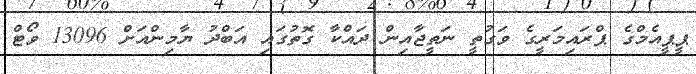
ޕީޕީއެމްގެ ޕްރައިމަރީގެ ވަގުތީ ނަތީޖާއިން ދައްކާ ގޮތުގައި އަބްދު ޔާމިންއަށް 13096 ވޯޓް